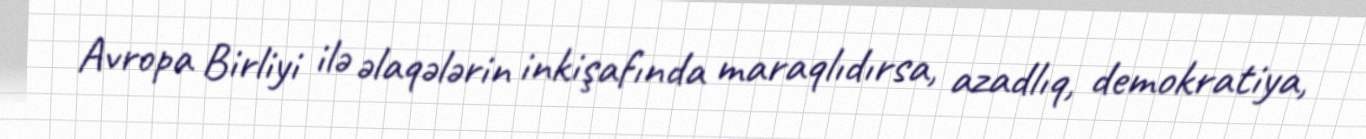
Avropa Birliyi ilə əlaqələrin inkişafında maraqlıdırsa, azadlıq, demokratiya,